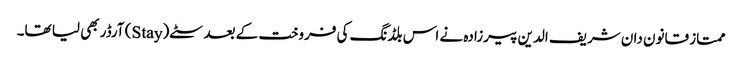
ممتاز قانون دان شریف الدین پیرزادہ نے اس بلڈنگ کی فروخت کے بعد سٹے(Stay) آرڈر بھی لیا تھا۔